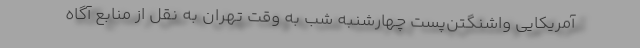
آمریکایی واشنگتن‌پست چهارشنبه شب به وقت تهران به نقل از منابع آگاه